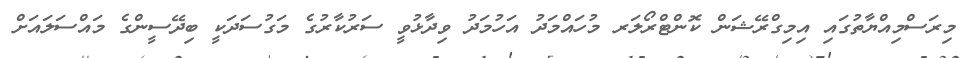
މިރަސްމިއްޔާތުގައި އިމިގްރޭޝަން ކޮންޓްރޯލަރ މުހައްމަދު އަހުމަދު ވިދާޅުވީ ސަރުކާރުގެ މަގުސަދަކީ ބިދޭސީންގެ މައްސަލައަށް